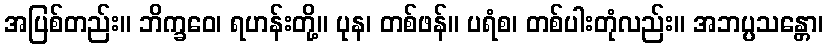
အပြစ်တည်း။ ဘိက္ခဝေ၊ ရဟန်းတို့။ ပုန၊ တစ်ဖန်။ ပရံစ၊ တစ်ပါးတုံလည်း။ အဘပ္ပသန္တော၊